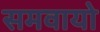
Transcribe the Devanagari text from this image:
समवायो